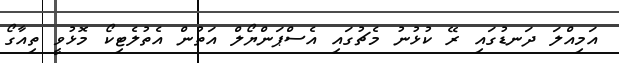
އަމިއްލަ ދަނޑުގައި ރޭ ކުޅުނު މެޗުގައި އެސްޕަންޔޯލް އަތުން އެތުލެޓިކޯ މޮޅުވީ ތިއާގޯ